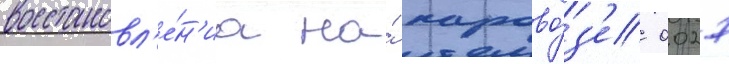
восстановл'е́н'иа на́ парово́з'е 0027